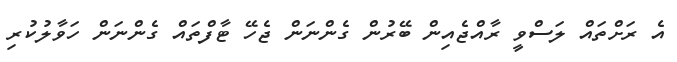
އެ ރަށްތައް ލަސްވީ ރާއްޖެއިން ބޭރުން ގެންނަން ޖެހޭ ޓާފްތައް ގެންނަން ހަވާލުކުރި